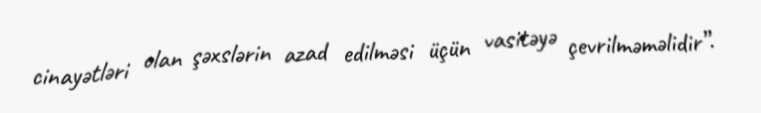
cinayətləri olan şəxslərin azad edilməsi üçün vasitəyə çevrilməməlidir”.